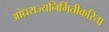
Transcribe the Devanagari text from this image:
आंध्रराज्यनिर्मितीकरिता